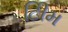
ટીિમ